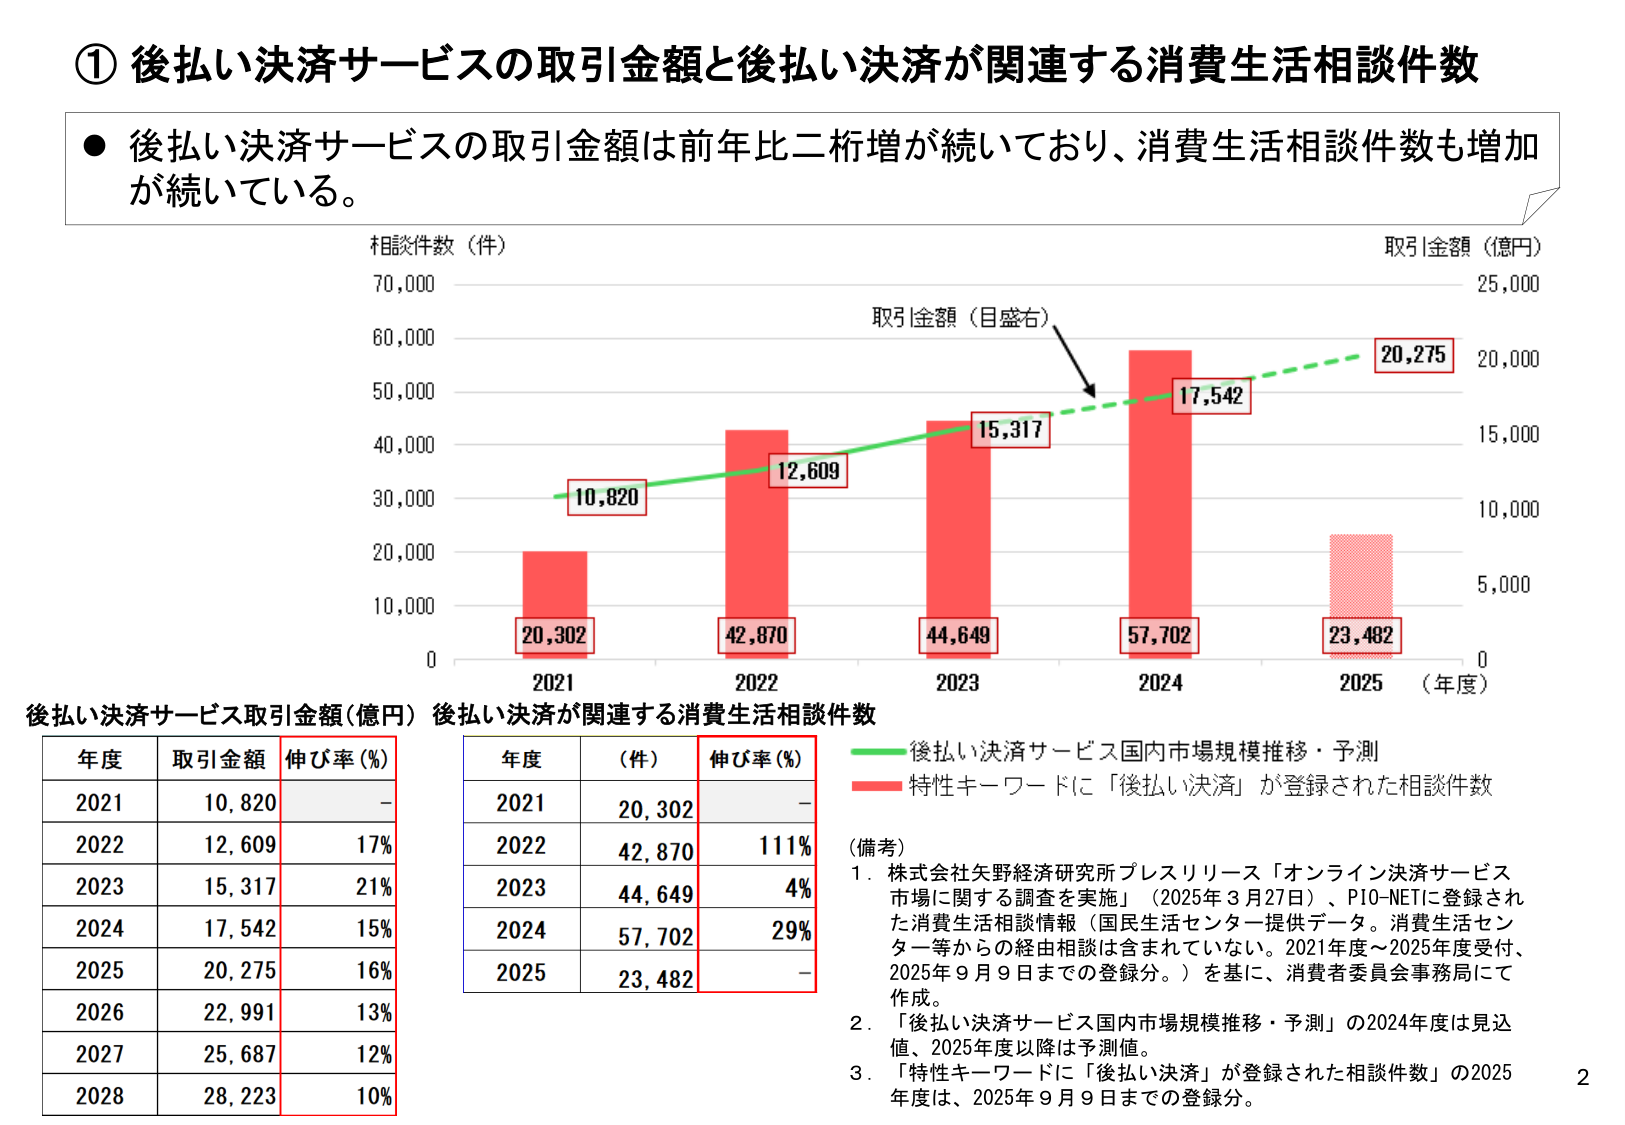
① 後払い決済サービスの取引金額と後払い決済が関連する消費生活相談件数

● 後払い決済サービスの取引金額は前年比二桁増が続いており、消費生活相談件数も増加が続いている。

相談件数（件）
70,000
60,000
50,000
40,000
30,000
20,000
10,000
0

取引金額（億円）
25,000
20,000
15,000
10,000
5,000
0

取引金額（目盛右）
10,820
12,609
15,317
17,542
20,275

20,302
42,870
44,649
57,702
23,482

2021
2022
2023
2024
2025 （年度）

後払い決済サービス取引金額（億円） 後払い決済が関連する消費生活相談件数

年度 取引金額 伸び率（%）
2021 10,820 –
2022 12,609 17%
2023 15,317 21%
2024 17,542 15%
2025 20,275 16%
2026 22,991 13%
2027 25,687 12%
2028 28,223 10%

年度 （件） 伸び率（%）
2021 20,302 –
2022 42,870 111%
2023 44,649 4%
2024 57,702 29%
2025 23,482 –

緑色線：後払い決済サービス国内市場規模推移・予測
赤色棒：特性キーワードに「後払い決済」が登録された相談件数

（備考）
1. 株式会社矢野経済研究所プレスリリース「オンライン決済サービス市場に関する調査を実施」（2025年3月27日）、PIO-NETに登録された消費生活相談情報（国民生活センター提供データ。消費生活センター等からの経由相談は含まれていない。2021年度～2025年度受付、2025年9月9日までの登録分。）を基に、消費者委員会事務局にて作成。
2. 「後払い決済サービス国内市場規模推移・予測」の2024年度は見込値、2025年度以降は予測値。
3. 「特性キーワードに「後払い決済」が登録された相談件数」の2025年度は、2025年9月9日までの登録分。

2